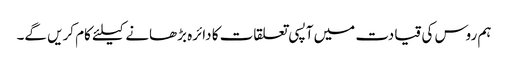
ہم روس کی قیادت میں آپسی تعلقات کا دائرہ بڑھانے کیلئے کام کریں گے۔